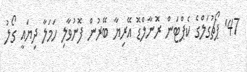
47' ޕޯޗުގަލްގެ ކެޕްޓަން ރޮނާލްޑޮ އޭރިޔާ ބޭރުން ފޮނުވާލި ހަމަލާ ދިޔައީ ގޯލު